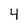
Character: 4